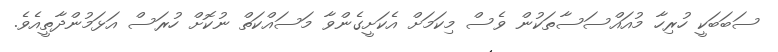
ސަބަބަކީ ހުރިހާ މުއައްސަސާތަކުން ވެސް މިކަމަށް އެކަށީގެންވާ މަސައްކަތް ނުކޮށް ހުރަސް އަޅަމުންދާތީއެވެ.